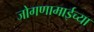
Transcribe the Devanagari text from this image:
जोगणामाईच्या